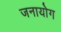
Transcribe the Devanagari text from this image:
जनायोग